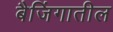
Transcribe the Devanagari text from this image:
बैजिंगातील